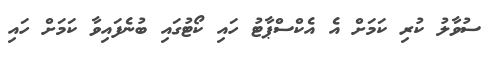
ސުވާލު ކުރި ކަމަށް އެ އެކްސްޕާޓު ހައި ކޯޓުގައި ބުނެފައިވާ ކަމަށް ހައި